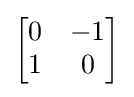
{\begin{bmatrix}0&-1\\1&0\end{bmatrix}}